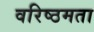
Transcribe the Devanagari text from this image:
वरिष्ठमता